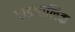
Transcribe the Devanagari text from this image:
पाडजालिक